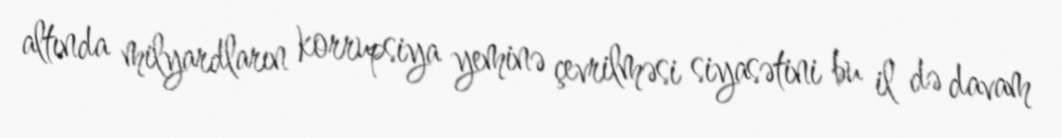
altında milyardların korrupsiya yeminə çevrilməsi siyasətini bu il də davam